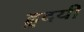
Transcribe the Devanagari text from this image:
ह्रुदयी